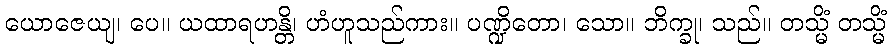
ယောဇေယျ၊ ပေ။ ယထာရဟန္တိ၊ ဟံဟူသည်ကား။ ပဏ္ဍိတော၊ သော။ ဘိက္ခု၊ သည်။ တသ္မိံ တသ္မိံ